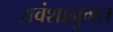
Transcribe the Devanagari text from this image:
अवंशानुगत